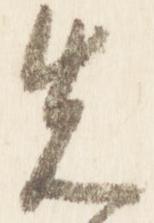
先